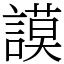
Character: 謨